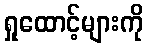
ရှုထောင့်များကို